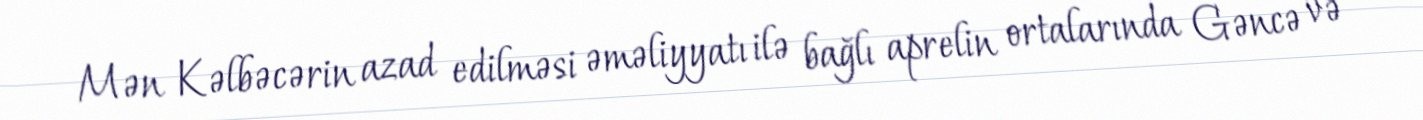
Mən Kəlbəcərin azad edilməsi əməliyyatı ilə bağlı aprelin ortalarında Gəncə və